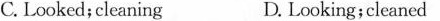
C. Looked;cleaning D. Looking;cleaned